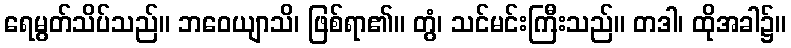
ရေမွတ်သိပ်သည်။ ဘဝေယျာသိ၊ ဖြစ်ရာ၏။ တွံ၊ သင်မင်းကြီးသည်။ တဒါ၊ ထိုအခါ၌။